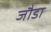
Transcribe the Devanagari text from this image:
जौडा